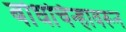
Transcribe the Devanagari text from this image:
बोधचिन्हावरून